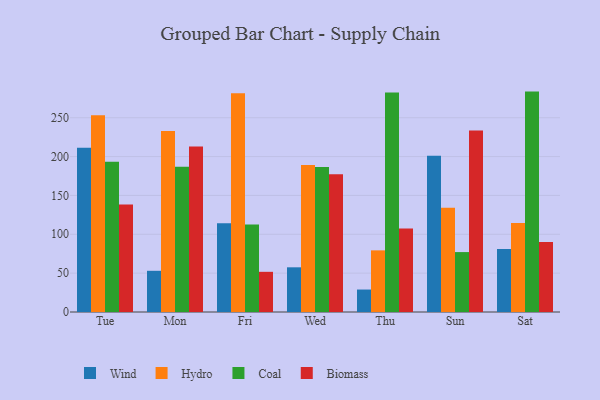
{"axis": {"x": "Day", "y": "Satisfaction Score"}, "legend": ["Biomass", "Coal", "Hydro", "Wind"], "data": [{"x": "Tue", "y": 211.2, "type": "Wind"}, {"x": "Tue", "y": 253.2, "type": "Hydro"}, {"x": "Tue", "y": 193.2, "type": "Coal"}, {"x": "Tue", "y": 138.3, "type": "Biomass"}, {"x": "Mon", "y": 53.0, "type": "Wind"}, {"x": "Mon", "y": 233.0, "type": "Hydro"}, {"x": "Mon", "y": 187.0, "type": "Coal"}, {"x": "Mon", "y": 212.8, "type": "Biomass"}, {"x": "Fri", "y": 114.3, "type": "Wind"}, {"x": "Fri", "y": 281.6, "type": "Hydro"}, {"x": "Fri", "y": 112.6, "type": "Coal"}, {"x": "Fri", "y": 51.7, "type": "Biomass"}, {"x": "Wed", "y": 57.5, "type": "Wind"}, {"x": "Wed", "y": 189.3, "type": "Hydro"}, {"x": "Wed", "y": 186.7, "type": "Coal"}, {"x": "Wed", "y": 177.4, "type": "Biomass"}, {"x": "Thu", "y": 28.9, "type": "Wind"}, {"x": "Thu", "y": 79.3, "type": "Hydro"}, {"x": "Thu", "y": 282.5, "type": "Coal"}, {"x": "Thu", "y": 107.5, "type": "Biomass"}, {"x": "Sun", "y": 201.0, "type": "Wind"}, {"x": "Sun", "y": 134.0, "type": "Hydro"}, {"x": "Sun", "y": 77.1, "type": "Coal"}, {"x": "Sun", "y": 233.7, "type": "Biomass"}, {"x": "Sat", "y": 81.1, "type": "Wind"}, {"x": "Sat", "y": 114.6, "type": "Hydro"}, {"x": "Sat", "y": 283.6, "type": "Coal"}, {"x": "Sat", "y": 90.0, "type": "Biomass"}]}